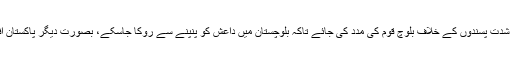
گہرام بلوچ نے عالم اقوام سے اپیل کی کہ پاکستان کی پشت پناہی میں چلنے والی شدت پسندوں کے خلاف بلوچ قوم کی مدد کی جائے تاکہ بلوچستان میں داعش کو پنپنے سے روکا جاسکے، بصورت دیگر پاکستان افغانستان کی طرح بلوچستان کو بھی جلد ہی مذہبی شدت پسندوں کا گڑھ بنالے گا۔